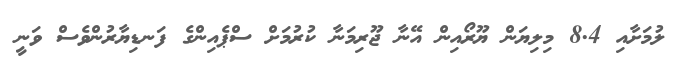
ލުމަށާއި 8.4 މިލިޔަން ޔޫރޯއިން އޭނާ ޖޫރިމަނާ ކުރުމަށް ސްޕެއިންގެ ފަނޑިޔާރުންވެސް ވަނީ